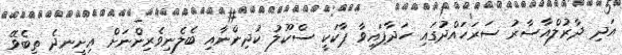
އަދި ދާރުލްއާސާރު ސަރަހައްދުގައި ހަދާފައިވާ ޕާކަކީ ސްކޫލު ކުދިންނާއި ބެލެނިވެރިންނަށް އިށީނދެ ތިބެވޭ